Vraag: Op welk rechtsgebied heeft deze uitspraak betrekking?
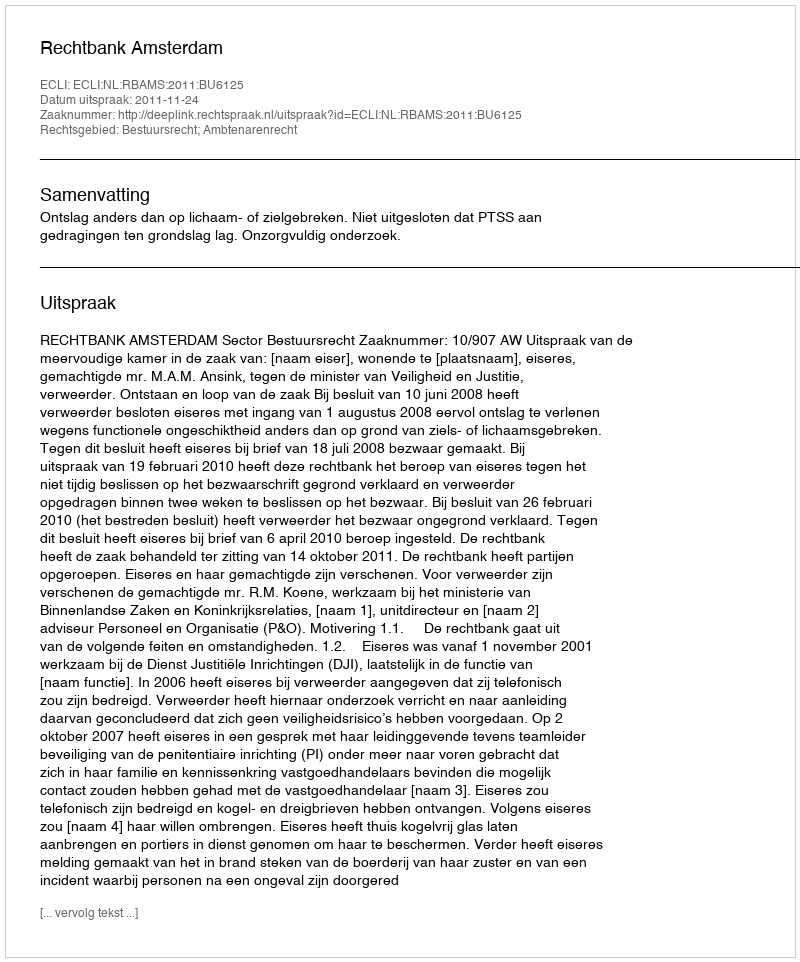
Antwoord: Bestuursrecht; Ambtenarenrecht